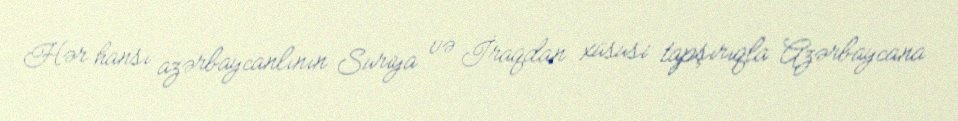
Hər hansı azərbaycanlının Suriya və İraqdan xüsusi tapşırıqla Azərbaycana